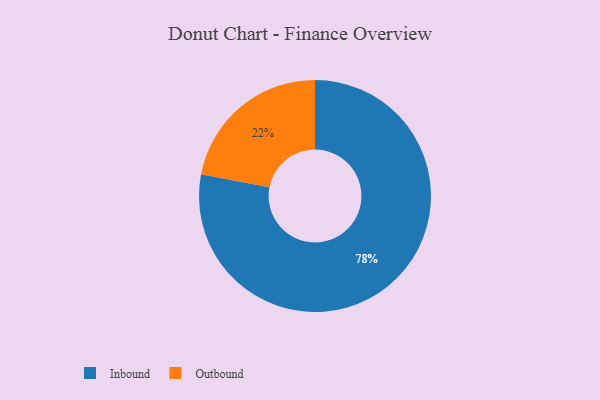
{"axis": {"x": "Category", "y": "Percentage"}, "legend": ["Inbound", "Outbound"], "data": [{"x": "Outbound", "y": 22, "type": "Outbound"}, {"x": "Inbound", "y": 78, "type": "Inbound"}]}